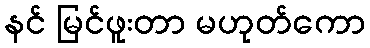
နင် မြင်ဖူးတာ မဟုတ်ကော